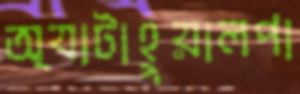
অ্যাটাহুয়ালপা